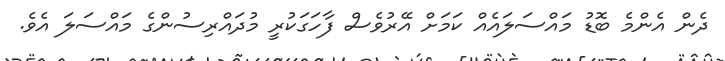
ދެން އެންމެ ބޮޑު މައްސަލައެއް ކަމަށް އޭރުވެސް ފާހަގަކުރީ މުދައްރިސުންގެ މައްސަލަ އެވެ.